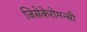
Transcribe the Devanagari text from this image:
जिसेकेरोमन्सी